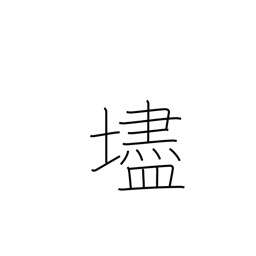
Meaning: steep slope